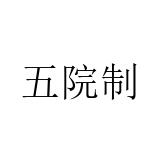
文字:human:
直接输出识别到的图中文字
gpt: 五院制